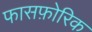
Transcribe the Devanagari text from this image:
फासफ़ोरिक